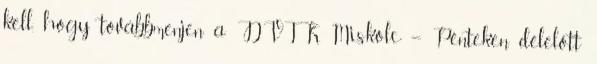
kell, hogy továbbmenjen a DVTK. Miskolc – Pénteken délelőtt